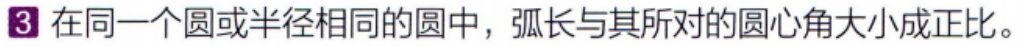
在同一个圆或半径相同的圆中，弧长与其所对的圆心角大小成正比。